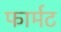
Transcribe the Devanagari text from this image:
फार्मट